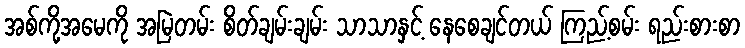
အစ်ကို့အမေကို အမြဲတမ်း စိတ်ချမ်းချမ်း သာသာနှင့် နေစေချင်တယ် ကြည့်စမ်း ရည်းစားစာ